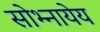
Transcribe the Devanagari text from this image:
सोभ्नायेय